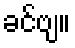
ခင်ဗျ။